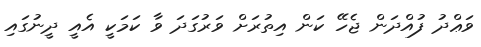
ވަޢްދު ފުއްދަން ޖެހޭ ކަން އިތުރަށް ވަރުގަދަ ވާ ކަމަކީ އެއީ ދީނުގައި